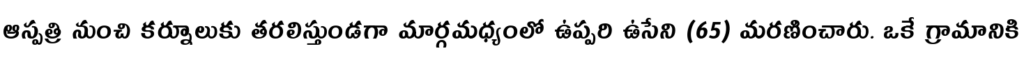
ఆస్పత్రి నుంచి కర్నూలుకు తరలిస్తుండగా మార్గమధ్యంలో ఉప్పరి ఉసేని (65) మరణించారు. ఒకే గ్రామానికి